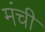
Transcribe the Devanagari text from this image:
मंची